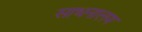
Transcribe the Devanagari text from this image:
साधनालय